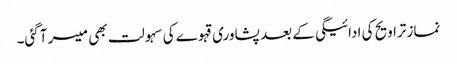
نماز تراویح کی ادائیگی کے بعد پشاوری قہوے کی سہولت بھی میسر آگئی۔